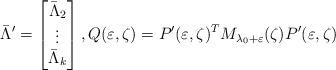
LaTeX: \begin{align*}\bar\Lambda' =\left[\begin{matrix}\bar\Lambda_2 \\\vdots\\\bar\Lambda_k\end{matrix}\right],Q(\varepsilon,\zeta)= P'(\varepsilon,\zeta)^T M_{\lambda_0+\varepsilon}(\zeta) P'(\varepsilon,\zeta)\end{align*}